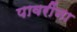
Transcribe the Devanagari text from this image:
पावरींना